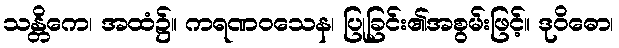
သန္တိကေ၊ အထံ၌။ ကရဏဝသေန၊ ပြုခြင်း၏အစွမ်းဖြင့်။ ဒုဝိဓော၊